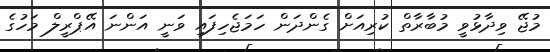
މުޖޭ ވިދާޅުވީ މުބާރާތް ކުރިއަށް ގެންދަން ހަމަޖެހިފައި ވަނީ އަންނަ އޭޕްރީލް މަހުގެ